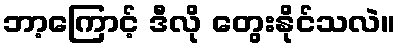
ဘာ့ကြောင့် ဒီလို တွေးနိုင်သလဲ။